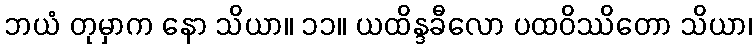
ဘယံ တုမှာက နော သိယာ။ ၁၁။ ယထိန္ဒခီလော ပထဝိဿိတော သိယာ၊